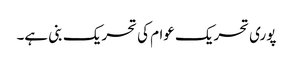
پوری تحریک عوام کی تحریک بنی ہے۔